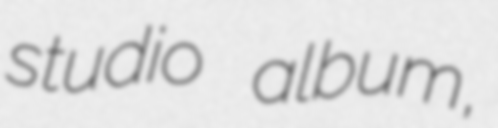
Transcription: studio album,